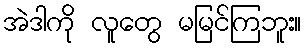
အဲဒါကို လူတွေ မမြင်ကြဘူး။